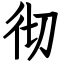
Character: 彻